Indian journal of veterinary science and animal husbandry - Volumes 24-25, 1954-1955
Year: 1954
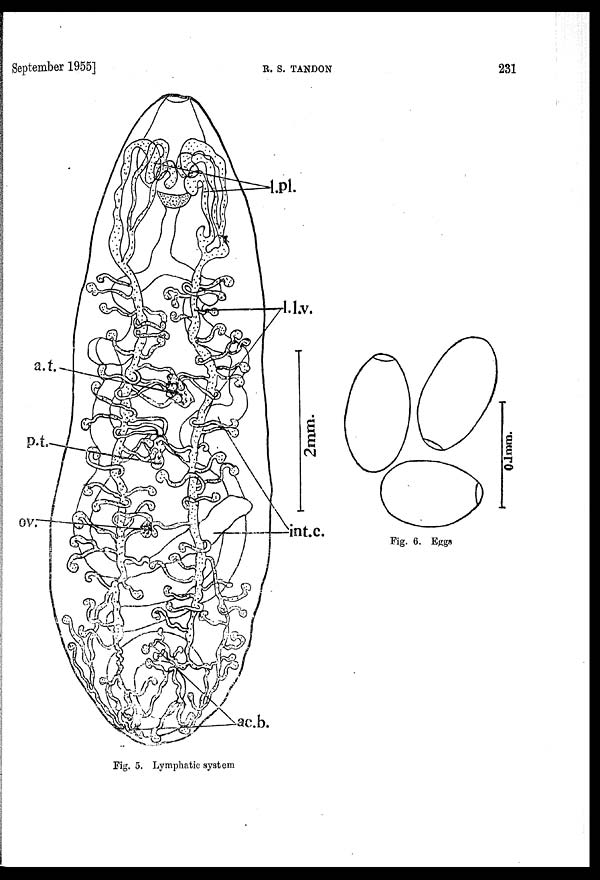
September 1955]
R.
S.
TANDON
231
Fig. 5. Lymphatic system